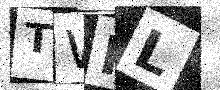
Text: TWRL